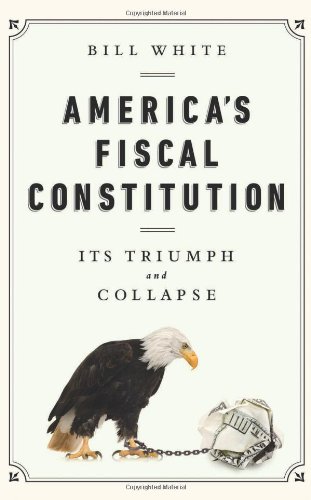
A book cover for America's Fiscal Constitution: Its Triumph and Collapse; Bill White; Business & Money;